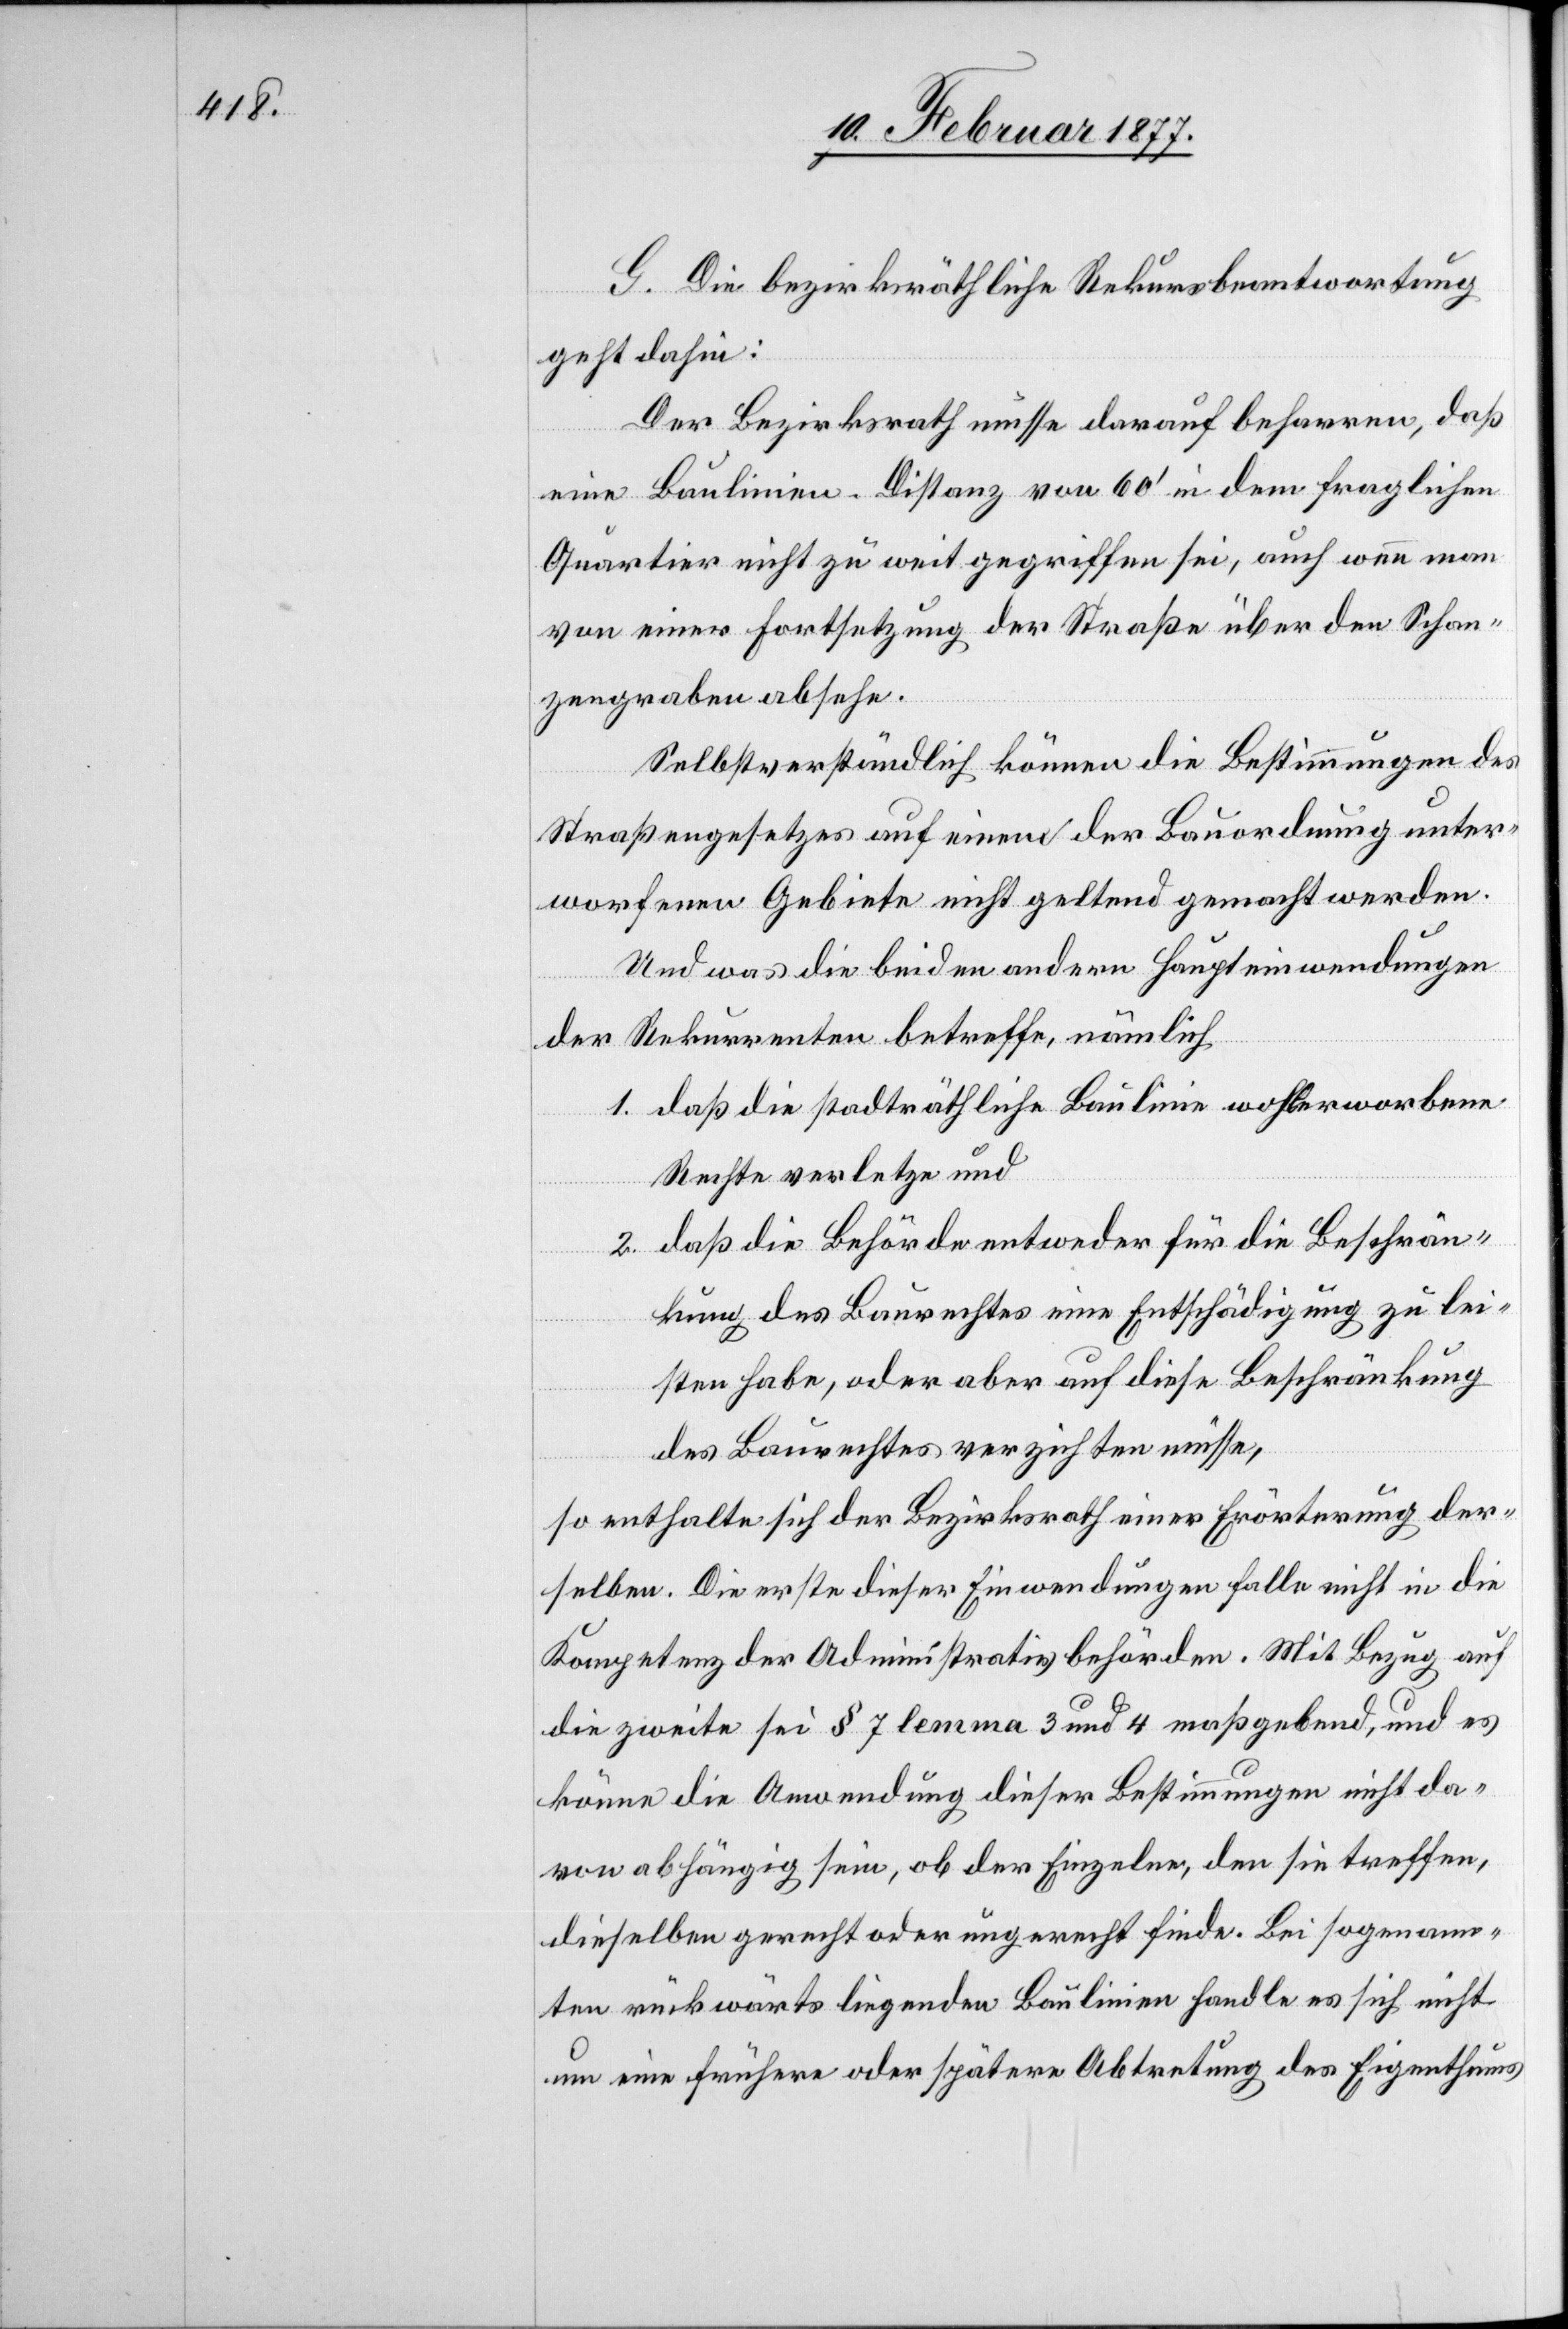
G. Die bezirksräthliche Rekursbeantwortung
geht dahin:
Der Bezirksrath müsse darauf beharren, daß
eine Baulinien-Distanz von 60’ in dem fraglichen
Quartier nicht zu weit gegriffen sei, auch wenn man
von einer Fortsetzung der Straße über den Schan¬
zengraben absehe.
Selbstverständlich können die Bestimmungen des
Straßengesetzes auf einem der Bauordnung unter¬
worfenen Gebiete nicht geltend gemacht werden.
Und was die beiden andern Haupteinwendungen
1. daß die stadträthliche Baulinie wohlerworbene
Rechte verletze und
2. daß die Behörde entweder für die Beschrän¬
kung des Baurechtes eine Entschädigung zu lei¬
sten habe, oder aber auf diese Beschränkung
des Baurechtes verzichten müsse,
so enthalte sich der Bezirksrath einer Erörterung der¬
selben. Die erste dieser Einwendungen falle nicht in die
Kompetenzen der Administrativbehörden. Mit Bezug auf
die zweite sei § 7 lemma 3 und 4 maßgebend, und es
könne die Anwendung dieser Bestimmungen nicht da¬
von abhängig sein, ob der Einzelne, den sie treffe,
dieselben gerecht oder ungerecht finde. Bei sogenann¬
ten rückwärts liegenden Baulinien handle es sich nicht
um eine frühere oder spätere Abtretung des Eigenthums